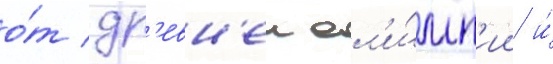
о́т др'евн'еи ол'и́мп'ии и́